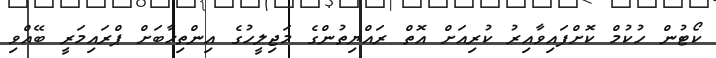
ކޯޓުން ހުކުމް ކޮށްފައިވާއިރު ކުރިއަށް އޮތް ރައްޔިތުންގެ މަޖިލީހުގެ އިންތިޚާބަށް ޕްރައިމަރީ ބޭއްވި